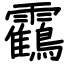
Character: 靍